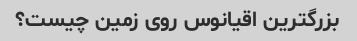
بزرگترین اقیانوس روی زمین چیست؟